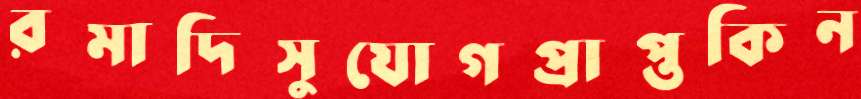
রমাদিসুযোগপ্রাপ্তকিন